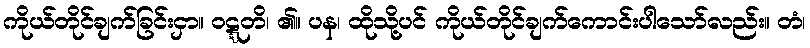
ကိုယ်တိုင်ချက်ခြင်းငှာ။ ဝဋ္ဋတိ၊ ၏။ ပန၊ ထိုသို့ပင် ကိုယ်တိုင်ချက်ကောင်းပါသော်လည်း။ တံ၊